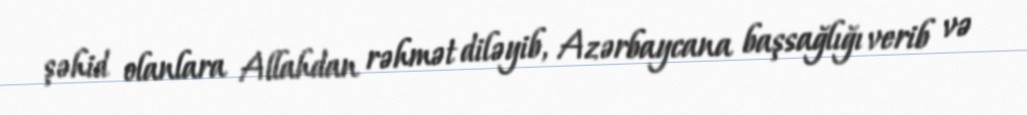
şəhid olanlara Allahdan rəhmət diləyib, Azərbaycana başsağlığı verib və